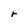
Character: r